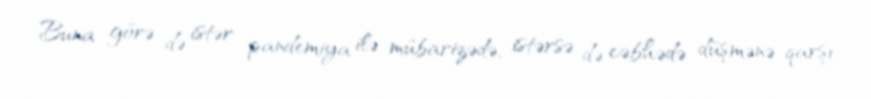
Buna görə də istər pandemiya ilə mübarizədə, istərsə də cəbhədə düşmənə qarşı